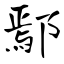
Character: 鄢